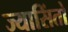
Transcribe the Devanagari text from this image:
ज्यासिंतो